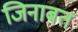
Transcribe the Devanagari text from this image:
जिनाबत